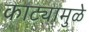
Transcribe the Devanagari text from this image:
काट्यामुळे